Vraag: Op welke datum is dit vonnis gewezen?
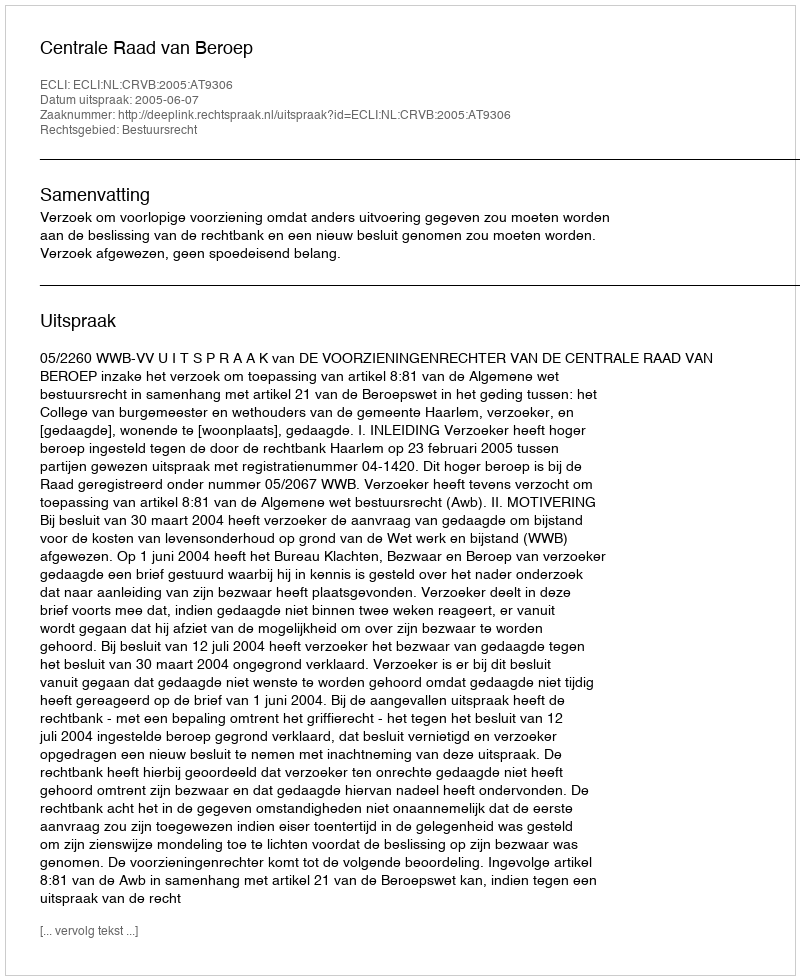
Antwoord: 2005-06-07